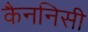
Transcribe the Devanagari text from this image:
कैननिसी